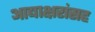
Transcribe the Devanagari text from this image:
आद्याक्षरांसह